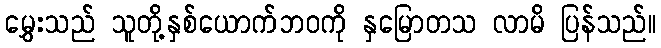
မွှေးသည် သူတို့နှစ်ယောက်ဘဝကို နှမြောတသ လာမိ ပြန်သည်။